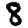
Digit: 8